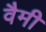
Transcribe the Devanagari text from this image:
वैमी